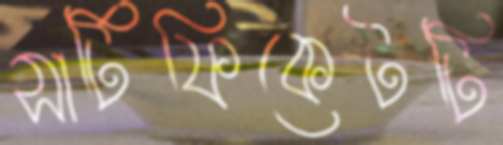
সার্টিফিকেটটি